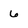
Character: 6